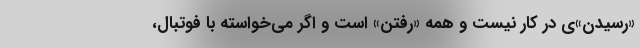
«رسیدن»‌ی در کار نیست و همه «رفتن» است و اگر می‌خواسته با فوتبال،